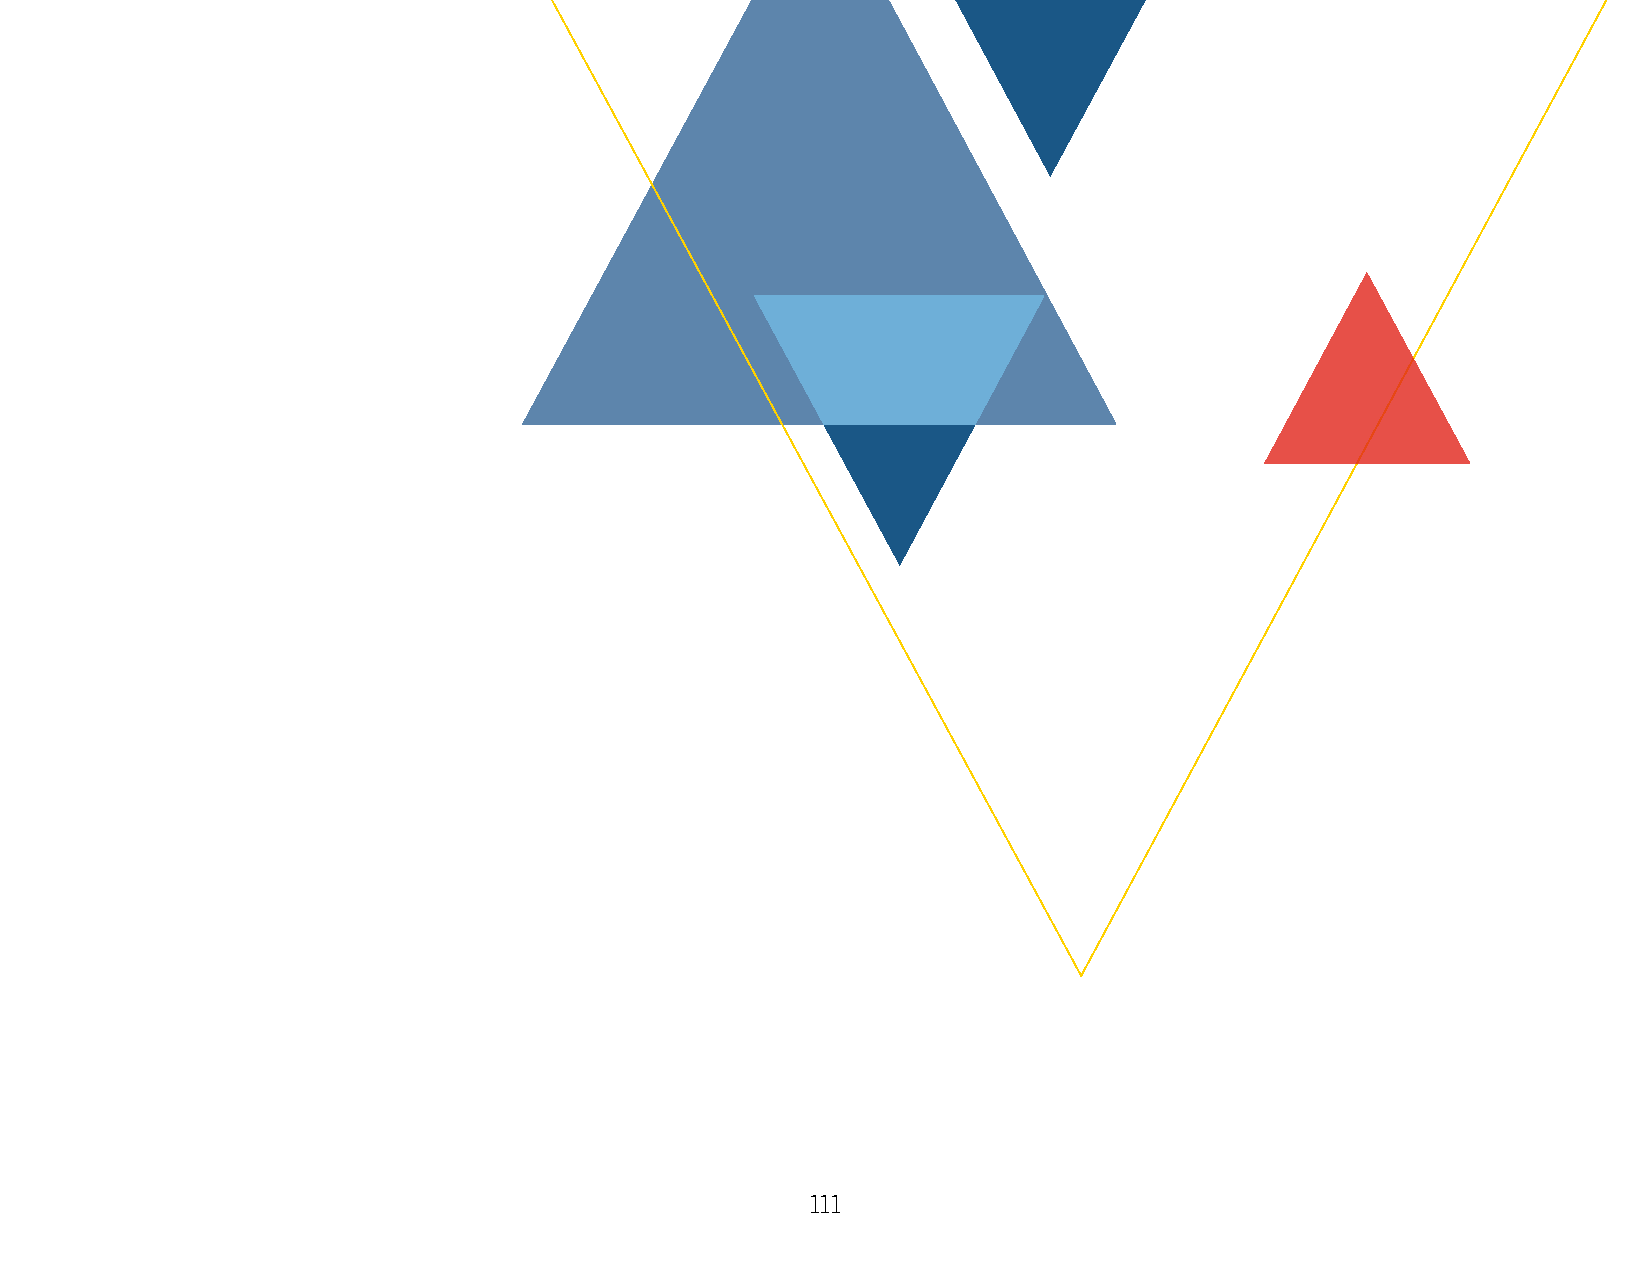
110                                                   111